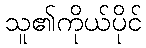
သူ၏ကိုယ်ပိုင်